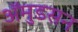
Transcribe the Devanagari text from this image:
अॅमुडसन